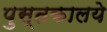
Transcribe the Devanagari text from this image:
पुस्तकालये